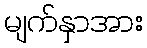
မျက်နှာအား